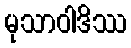
မုသာဝါဒိဿ